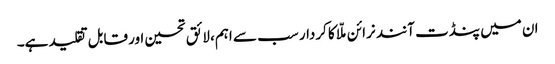
ان میں پنڈت آنند نرائن ملّا کا کردار سب سے اہم، لائق تحسین اور قابل تقلید ہے۔